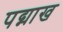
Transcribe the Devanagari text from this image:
पद्माख